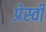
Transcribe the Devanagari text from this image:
प्रेस्वी